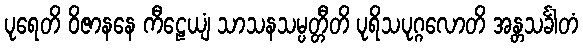
ပုရေတိ ဝိဇာနနေ ကီဠေယျံ သာသနသမ္ပတ္တီတိ ပုရိသပုဂ္ဂလောတိ အန္တသင်္ခါတံ